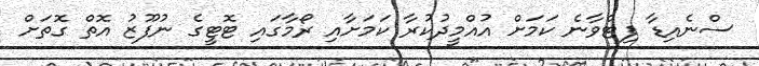
ސްނެއިޑާ ފިޓްވާނެ ކަމަށް އުއްމީދުކުރާ ކަމަށާއި ރޯމާގައި ޓޮޓީގެ ނުފޫޒު އޮތް ގޮތަށް